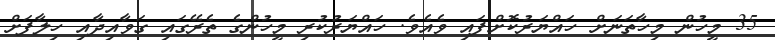
35 މީހުން މިހާތަނަށް ހައްޔަރުކޮށްފައި ވެއެވެ. ހައްޔަރުކުރި މީހުންގެ ތެރޭގައި ގަވާއިދާއި ހިލާފަށް